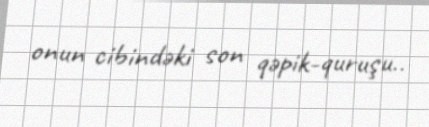
onun cibindəki son qəpik-quruşu..